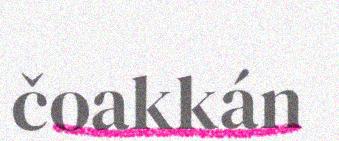
čoakkán